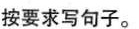
按要求写句子。